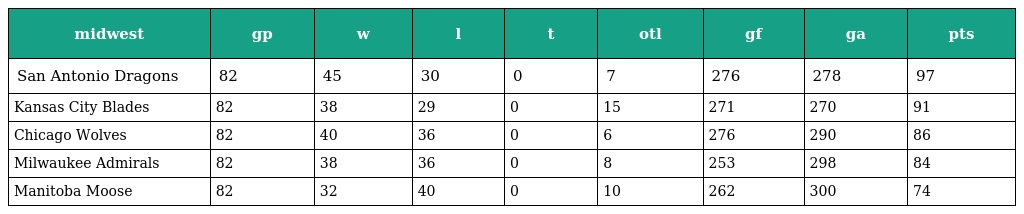
| midwest | gp | w | l | t | otl | gf | ga | pts |
 | --- | --- | --- | --- | --- | --- | --- | --- | --- |
 | San Antonio Dragons | 82 | 45 | 30 | 0 | 7 | 276 | 278 | 97 |
 | Kansas City Blades | 82 | 38 | 29 | 0 | 15 | 271 | 270 | 91 |
 | Chicago Wolves | 82 | 40 | 36 | 0 | 6 | 276 | 290 | 86 |
 | Milwaukee Admirals | 82 | 38 | 36 | 0 | 8 | 253 | 298 | 84 |
 | Manitoba Moose | 82 | 32 | 40 | 0 | 10 | 262 | 300 | 74 |